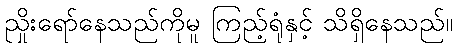
ညှိုးရော်နေသည်ကိုမူ ကြည့်ရုံနှင့် သိရှိနေသည်။